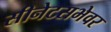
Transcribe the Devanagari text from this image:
सीनेटसभेवर